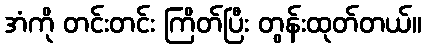
အံကို တင်းတင်း ကြိတ်ပြီး တွန်းထုတ်တယ်။